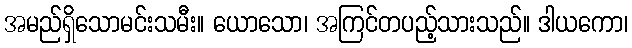
အမည်ရှိသောမင်းသမီး။ ယောသော၊ အကြင်တပည့်သားသည်။ ဒါယကော၊